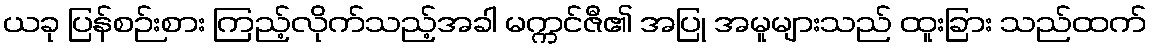
ယခု ပြန်စဉ်းစား ကြည့်လိုက်သည့်အခါ မက္ကင်ဇီ၏ အပြု အမူများသည် ထူးခြား သည်ထက်